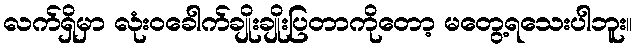
လက်ရှိမှာ လုံးဝခေါက်ချိုးချိုးပြတာကိုတော့ မတွေ့ရသေးပါဘူး။